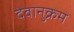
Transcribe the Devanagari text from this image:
देवानुक्रम